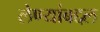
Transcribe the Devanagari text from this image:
लेण्यांबद्दल